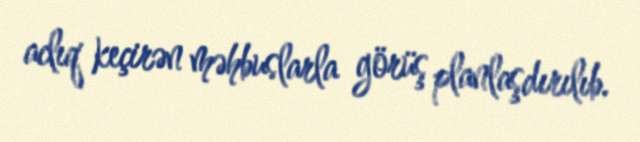
aclıq keçirən məhbuslarla görüş planlaşdırılıb.